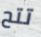
تتح